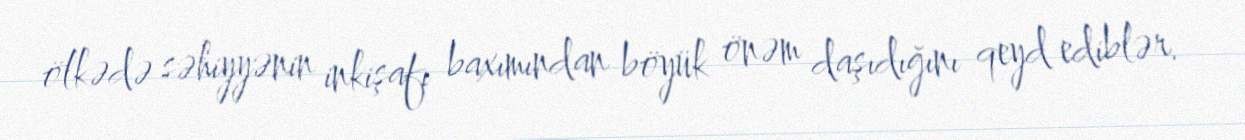
ölkədə səhiyyənin inkişafı baxımından böyük önəm daşıdığını qeyd ediblər.